Civil Veterinary Dept. Bombay admin report 1932-41 - 1932-1941
Year: 1932
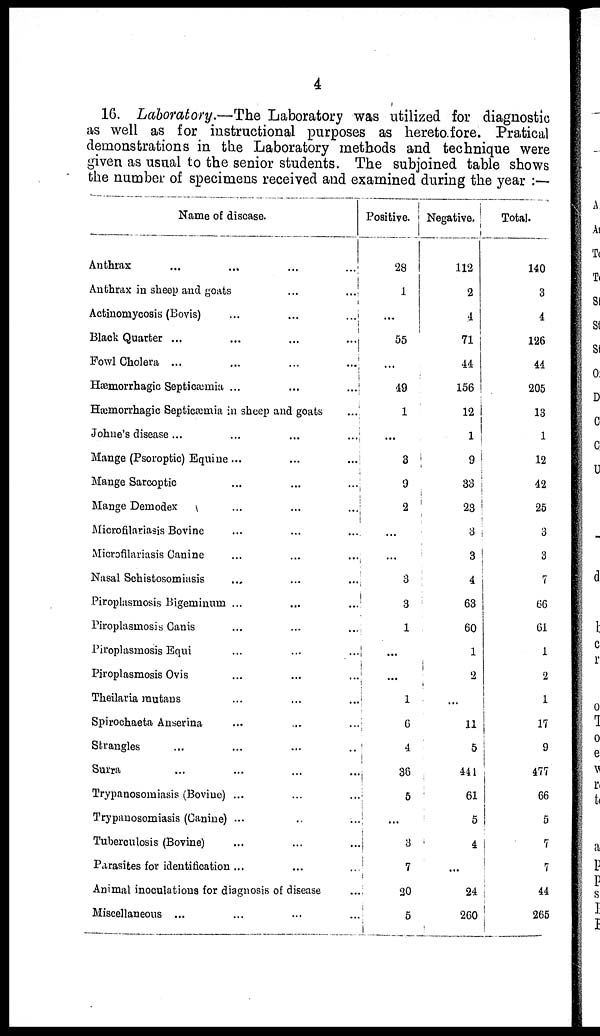
4
16. Laboratory.—The Laboratory was utilized for diagnostic
as well as for instructional purposes as heretofore. Pratical
demonstrations in the Laboratory methods and technique were
given as usual to the senior students. The subjoined table shows
the number of specimens received and examined during the year :—
Name of disease.
Anthrax ... ... ... ...
Anthrax in sheep and goats ... ...
Actinomycosis (Bovis) ... ... ...
Black Quarter ... ... ... ...
Fowl Cholera ... ... ... ...
Hæmorrhagic Septicæmia ... ... ...
Hæmorrhagic Septicæmia in sheep and goats
...
Johne's disease ... ... ... ...
Mange (Psoroptic) Equine ... ... ...
Mange Sarcoptic ... ... ...
Mange Demodex ... ... ...
Microfilariasis Bovine ... ... ...
Microfilariasis Canine ... ... ...
Nasal Schistosomiasis ... ... ...
Piroplasmosis Bigeminum ... ... ...
Piroplasmosis Canis ... ... ...
Piroplasmosis Equi ... ... ...
Piroplasmosis Ovis ... ... ...
Theilaria rautans ... ... ...
Spirochaeta Anserina ... ... ...
Strangles ... ... ... ...
Surra ... ... ... ...
Trypanosomiasis (Bovine) ... ... ...
Trypanosomiasis (Canine) ... ... ...
Tuberculosis (Bovine) ... ... ...
Parasites for identification ... ... ...
Animal inoculations for diagnosis of disease ...
Miscellaneous ... ... ... ...
Positive.
28
1
...
55
...
49
1
...
3
9
2
...
...
3
3
1
...
...
1
6
4
36
5
...
3
7
20
5
Negative.
112
2
4
71
44
156
12
1
9
33
23
3
3
4
63
60
1
2
...
11
5
441
61
5
4
...
24
260
Total.
140
3
4
126
44
205
13
1
12
42
25
3
3
7
66
61
1
2
1
17
9
477
66
5
7
7
44
265